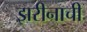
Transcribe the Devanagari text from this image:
झरीनाची